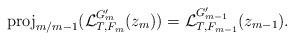
LaTeX: \begin{align*}\mathrm{proj}_{m/m-1}(\mathcal{L}_{T,F_m}^{G_m^\prime}(z_m)) = \mathcal{L}_{T,F_{m-1}}^{G_{m-1}^\prime}(z_{m-1}).\end{align*}